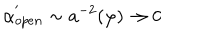
\alpha _ { o p e n } ^ { ^ { \prime } } \sim a ^ { - 2 } ( \varphi ) \rightarrow 0